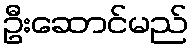
ဦးဆောင်မည်